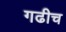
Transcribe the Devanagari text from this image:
गढीच